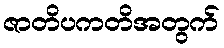
ဇာတိပကတိအတွက်